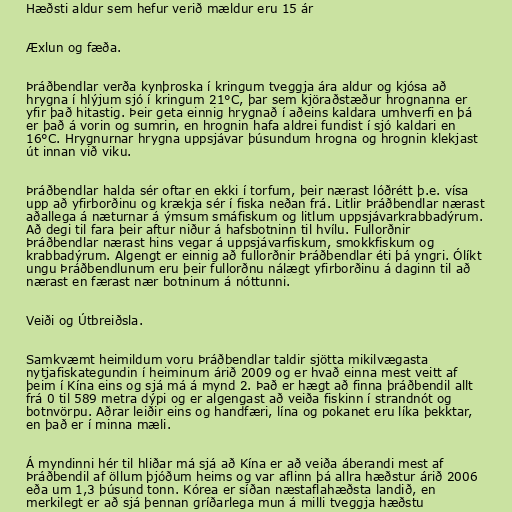
Hæðsti aldur sem hefur verið mældur eru 15 ár

Æxlun og fæða.

Þráðbendlar verða kynþroska í kringum tveggja ára aldur og kjósa að
hrygna í hlýjum sjó í kringum 21°C, þar sem kjöraðstæður hrognanna er
yfir það hitastig. Þeir geta einnig hrygnað í aðeins kaldara umhverfi en þá
er það á vorin og sumrin, en hrognin hafa aldrei fundist í sjó kaldari en
16°C. Hrygnurnar hrygna uppsjávar þúsundum hrogna og hrognin klekjast
út innan við viku.

Þráðbendlar halda sér oftar en ekki í torfum, þeir nærast lóðrétt þ.e. vísa
upp að yfirborðinu og krækja sér í fiska neðan frá. Litlir Þráðbendlar nærast
aðallega á næturnar á ýmsum smáfiskum og litlum uppsjávarkrabbadýrum.
Að degi til fara þeir aftur niður á hafsbotninn til hvílu. Fullorðnir
Þráðbendlar nærast hins vegar á uppsjávarfiskum, smokkfiskum og
krabbadýrum. Algengt er einnig að fullorðnir Þráðbendlar éti þá yngri. Ólíkt
ungu Þráðbendlunum eru þeir fullorðnu nálægt yfirborðinu á daginn til að
nærast en færast nær botninum á nóttunni.

Veiði og Útbreiðsla.

Samkvæmt heimildum voru Þráðbendlar taldir sjötta mikilvægasta
nytjafiskategundin í heiminum árið 2009 og er hvað einna mest veitt af
þeim í Kína eins og sjá má á mynd 2. Það er hægt að finna þráðbendil allt
frá 0 til 589 metra dýpi og er algengast að veiða fiskinn í strandnót og
botnvörpu. Aðrar leiðir eins og handfæri, lína og pokanet eru líka þekktar,
en það er í minna mæli.

Á myndinni hér til hliðar má sjá að Kína er að veiða áberandi mest af
Þráðbendil af öllum þjóðum heims og var aflinn þá allra hæðstur árið 2006
eða um 1,3 þúsund tonn. Kórea er síðan næstaflahæðsta landið, en
merkilegt er að sjá þennan gríðarlega mun á milli tveggja hæðstu